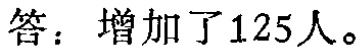
答：增加了125人。